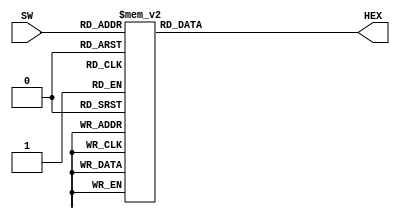
module hex7seg(SW,HEX);

	input [3:0] SW;
	output [6:0] HEX;
	
	always @*
		case (SW)
		
			4'b0000 : HEX = 7'b0000001;
			4'b0001 : HEX = 7'b1001111;
			4'b0010 : HEX = 7'b0010010; 
			4'b0011 : HEX = 7'b0000110;
			4'b0100 : HEX = 7'b1001100;
			4'b0101 : HEX = 7'b0100100;  
			4'b0110 : HEX = 7'b0100000;
			4'b0111 : HEX = 7'b0001111;
			4'b1000 : HEX = 7'b0000000;
			4'b1001 : HEX = 7'b0000100;
			4'b1010 : HEX = 7'b0001000; 
			4'b1011 : HEX = 7'b1100000;
			4'b1100 : HEX = 7'b0110001;
			4'b1101 : HEX = 7'b1000010;
			4'b1110 : HEX = 7'b0110000;
			4'b1111 : HEX = 7'b0111000;
			
		endcase
			
	
endmodule